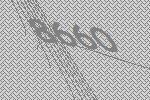
8660